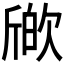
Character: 𣣪